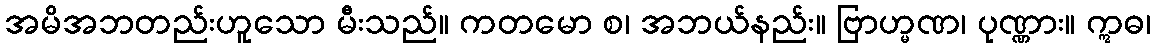
အမိအဘတည်းဟူသော မီးသည်။ ကတမော စ၊ အဘယ်နည်း။ ဗြာဟ္မဏ၊ ပုဏ္ဏား။ ဣဓ၊